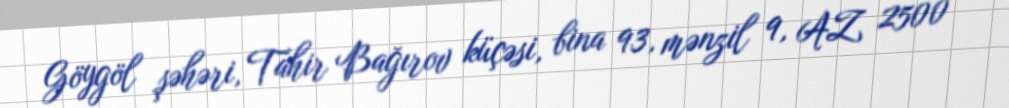
Göygöl şəhəri, Tahir Bağırov küçəsi, bina 93, mənzil 9, AZ 2500